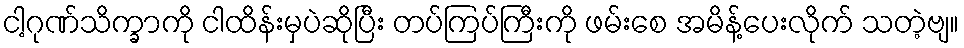
ငါ့ဂုဏ်သိက္ခာကို ငါထိန်းမှပဲဆိုပြီး တပ်ကြပ်ကြီးကို ဖမ်းစေ အမိန့်ပေးလိုက် သတဲ့ဗျ။